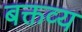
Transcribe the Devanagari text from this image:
बक्तव्य